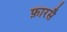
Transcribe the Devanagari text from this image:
फ़ारसै